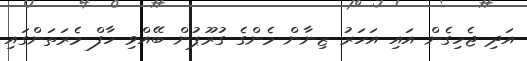
އަދި ޖެހިގެން އައި އަހަރު ޒިނާން މެންގެ ގުރޫޕުން ބޭއްވި ހާފް މެރަތަންގައި